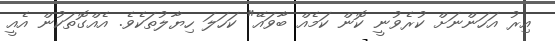
އިރު އަހަންނަށް ކުރެވުނީ ކޮން ކަމެއް ބާވައޭ" ކަހަލަ ހިޔާލުތަކެވެ. އެއްގޮތަކުން އެއީ